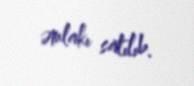
əmlakı satılıb.